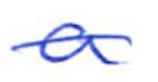
Text: a
Cross-out: single-line
Writing tool: ballpoint